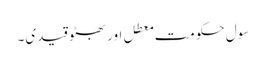
سول حکومت معطل اور بھٹو قیدی۔